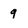
Character: 9